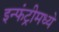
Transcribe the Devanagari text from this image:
इन्फंट्रीमध्ये